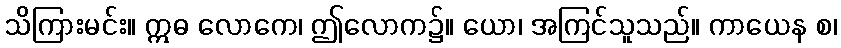
သိကြားမင်း။ ဣဓ လောကေ၊ ဤလောက၌။ ယော၊ အကြင်သူသည်။ ကာယေန စ၊